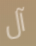
آل